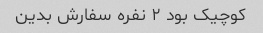
کوچیک بود ۲ نفره سفارش بدین